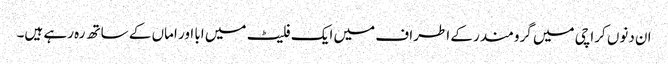
ان دنوں کراچی میں گرومندر کے اطراف میں ایک فلیٹ میں ابا اور اماں کے ساتھ رہ رہے ہیں۔